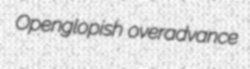
Openglopish overadvance